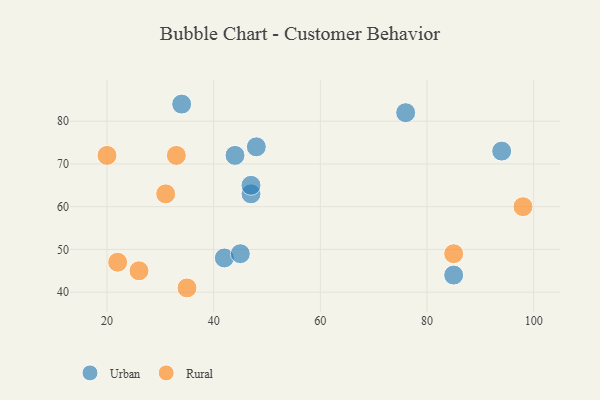
{"axis": {"x": "GDP", "y": "Life Expectancy"}, "legend": ["Rural", "Urban"], "data": [{"x": "76", "y": 82, "type": "Urban"}, {"x": "85", "y": 44, "type": "Urban"}, {"x": "47", "y": 63, "type": "Urban"}, {"x": "47", "y": 65, "type": "Urban"}, {"x": "34", "y": 84, "type": "Urban"}, {"x": "42", "y": 48, "type": "Urban"}, {"x": "48", "y": 74, "type": "Urban"}, {"x": "45", "y": 49, "type": "Urban"}, {"x": "44", "y": 72, "type": "Urban"}, {"x": "94", "y": 73, "type": "Urban"}, {"x": "26", "y": 45, "type": "Rural"}, {"x": "31", "y": 63, "type": "Rural"}, {"x": "33", "y": 72, "type": "Rural"}, {"x": "35", "y": 41, "type": "Rural"}, {"x": "20", "y": 72, "type": "Rural"}, {"x": "22", "y": 47, "type": "Rural"}, {"x": "98", "y": 60, "type": "Rural"}, {"x": "85", "y": 49, "type": "Rural"}]}